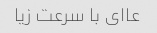
عاای با سرعت زیا